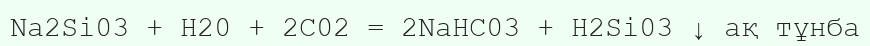
Na2Si03 + H20 + 2C02 = 2NaHC03 + H2Si03 ↓ ақ тұнба